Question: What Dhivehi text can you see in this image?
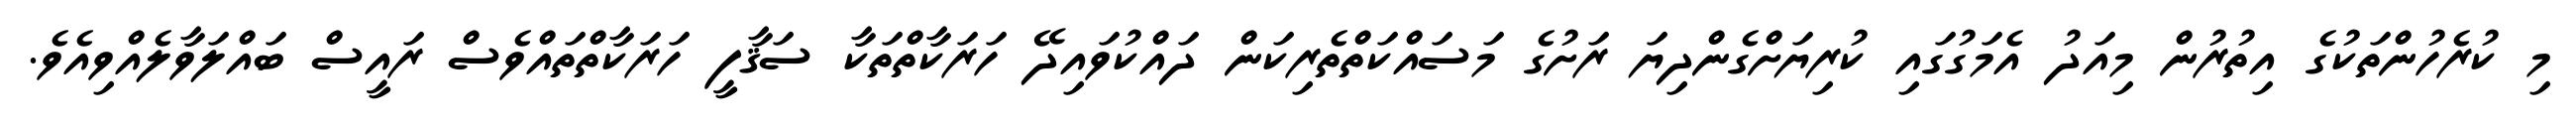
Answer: މި ކުރެހުންތަކުގެ އިތުރުން މިއަދު އެމަގުގައި ކުރިޔަށްގެންދިޔަ ރަށުގެ މަސައްކަތްތެރިކަން ދައްކުވައިދޭ ހަރަކާތްތަކާ ސަޤާފީ ހަރަކާތްތައްވެސް ރައީސް ބައްލަވާލެއްވިއެވެ.